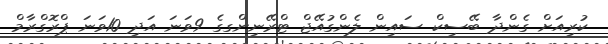
ކުރިއަށް ގެންދާ ބޭސިކް ސައިން ލެންގުއޭޖް ޓްރޭނިންގގެ 9ވަނަ އަދި 10ވަނަ ޕްރޮގްރާމް